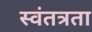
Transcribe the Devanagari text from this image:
स्‍वंतत्रता